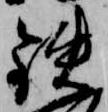
鉄